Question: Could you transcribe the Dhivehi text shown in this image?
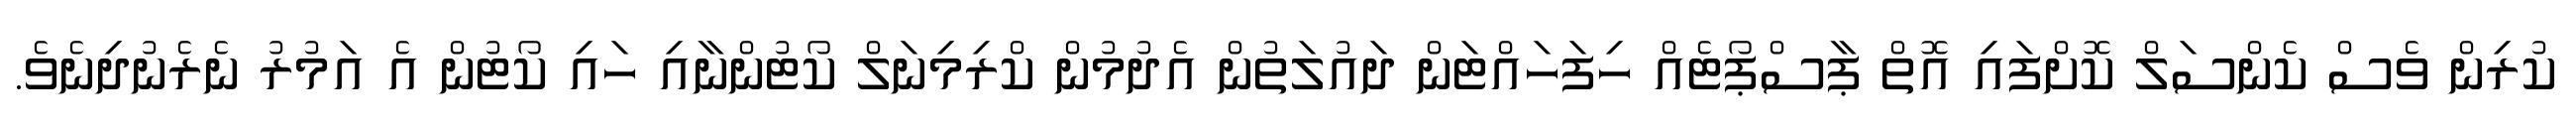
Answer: ކުރިން ވެސް ކެންސަލް ކޮށްފައި އޮތް ޕާސްޕޯޓެއް ހިފަހައްޓަން ދައުލަތުން އެދުމުން ކްރިމިނަލް ކޯޓުންނާއި ހައި ކޯޓުން އެ އަމުރު ނެރެނުދިނެވެ.